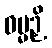
ဓမ္မဉှိ